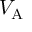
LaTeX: V _ { \mathrm { { A } } }